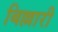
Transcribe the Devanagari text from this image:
बिल्लारी